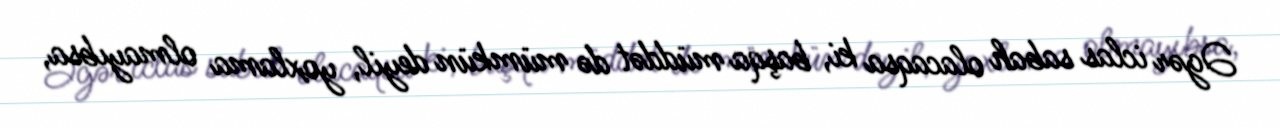
Əgər iclas sabah olacaqsa ki, başqa müddət də mümkün deyil, yoxlama olmayıbsa,